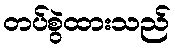
တပ်စွဲထားသည်